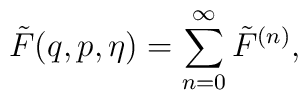
\tilde{F}(q,p,\eta)=\sum_{n=0}^\infty\tilde{F}^{(n)},